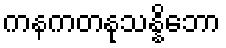
ကနကတနုသန္နိဘော